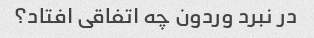
در نبرد وردون چه اتفاقی افتاد؟